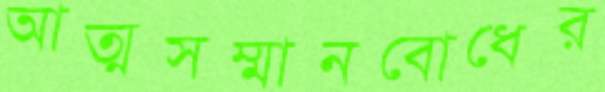
আত্মসম্মানবোধের